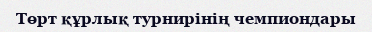
Төрт құрлық турнирінің чемпиондары